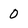
Character: 0